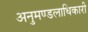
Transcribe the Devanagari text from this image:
अनुमण्डलाधिकारी